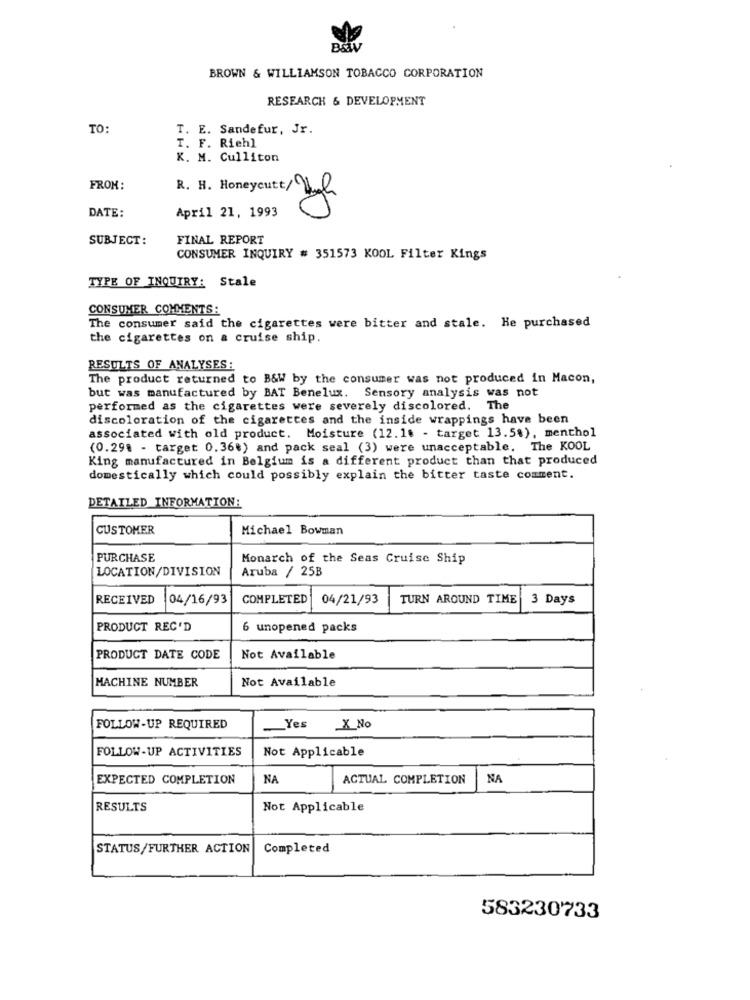
B&WV
BROWN & WILLIAMSON TOBACCO CORPORATION
RESEARCH & DEVELOPMENT
TO:
T. E. Sandefur, Jr.
T. F. Riehl
K. M. Culliton
FROM:
R. H. Honeycutt/Uge
DATE:
April 21, 1993
SUBJECT:
FINAL REPORT
CONSUMER INQUIRY # 351573 KOOL Filter Kings
TYPE OF INQUIRY: Stale
CONSUMER COMMENTS:
The consumer said the cigarettes were bitter and stale. He purchased
the cigarettes on a cruise ship.
RESULTS OF ANALYSES:
The product returned to B&W by the consumer was not produced in Macon,
but was manufactured by BAT Benelux. Sensory analysis was not
performed as the cigarettes were severely discolored. The
discoloration of the cigarettes and the inside wrappings have been
associated with old product. Moisture (12.18 - target 13.5%), menthol
(0.298 - target 0.36€) and pack seal (3) were unacceptable. The KOOL
King manufactured in Belgium is a different product than that produced
domestically which could possibly explain the bitter taste comment.
DETAILED INFORMATION:
CUSTOMER
Michael Bowman
PURCHASE
Monarch of the Seas Cruise Ship
LOCATION/DIVISION
Aruba / 25B
RECEIVED
04/16/93
COMPLETED
04/21/93
TURN AROUND TIME
3 Days
PRODUCT REC'D
6 unopened packs
PRODUCT DATE CODE
Not Available
MACHINE NUMBER
Not Available
FOLLOW-UP REQUIRED
Yes X No
FOLLOW-UP ACTIVITIES
Not Applicable
EXPECTED COMPLETION
NA
ACTUAL COMPLETION
NA
RESULTS
Not Applicable
STATUS/FURTHER ACTION
Completed
583230733